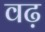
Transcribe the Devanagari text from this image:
वढ़